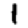
Digit: 1